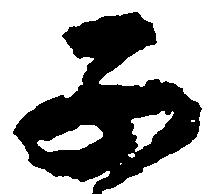
子